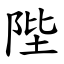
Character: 陛